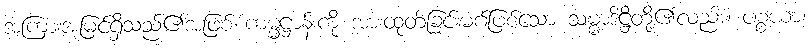
အကြားအမြင်ရှိသည်၏အဖြစ် ကမ္မဋ္ဌာန်းကို အားထုတ်ခြင်းမဂ်ဖြစ်သော သမ္မာဒိဋ္ဌိတို့၏လည်း။ ပစ္စယာ၊